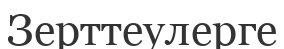
Зерттеулерге